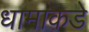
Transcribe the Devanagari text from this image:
धामाकडे